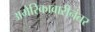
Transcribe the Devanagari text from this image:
अमेरिकावारीनंतर